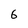
Character: 6